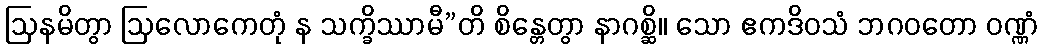
ဩနမိတွာ ဩလောကေတုံ န သက္ခိဿာမီ”တိ စိန္တေတွာ နာဂစ္ဆိ။ သော ဧကဒိဝသံ ဘဂဝတော ဝဏ္ဏံ